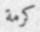
كرمة